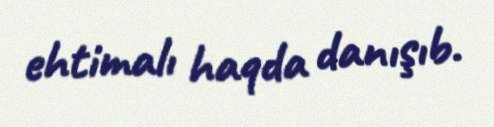
ehtimalı haqda danışıb.